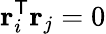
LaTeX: \mathbf{r}_{i}^{\mathsf{T}}\mathbf{r}_{j}=0